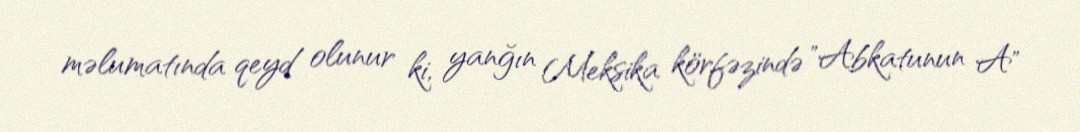
məlumatında qeyd olunur ki, yanğın Meksika körfəzində "Abkatunun A"